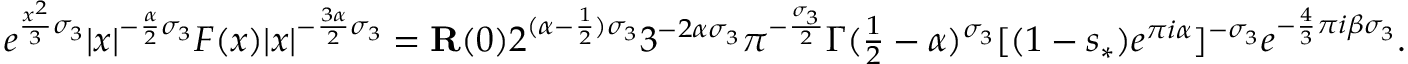
\begin{array} { r } { e ^ { \frac { x ^ { 2 } } { 3 } \sigma _ { 3 } } | x | ^ { - \frac { \alpha } { 2 } \sigma _ { 3 } } F ( x ) | x | ^ { - \frac { 3 \alpha } { 2 } \sigma _ { 3 } } = \mathbf { R } ( 0 ) 2 ^ { ( \alpha - \frac { 1 } { 2 } ) \sigma _ { 3 } } 3 ^ { - 2 \alpha \sigma _ { 3 } } \pi ^ { - \frac { \sigma _ { 3 } } { 2 } } \Gamma ( \textstyle \frac { 1 } { 2 } - \alpha ) ^ { \sigma _ { 3 } } [ ( 1 - s _ { * } ) e ^ { \pi i \alpha } ] ^ { - \sigma _ { 3 } } e ^ { - \frac { 4 } { 3 } \pi i { \beta } \sigma _ { 3 } } . } \end{array}